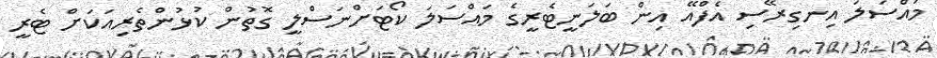
މައްސަލަ އިނގިރޭސި އެފްއޭ އިން ބަލަނީޓެރީގެ މައްސަލަ ކޯޓަށްނަސްލީ ގޮތުން ކުޅުންތެރިއަކަށް ޓެރީ